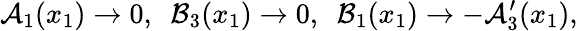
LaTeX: \mathcal{A}_{1}(x_{1})\rightarrow 0,\ \ \mathcal{B}_{3}(x_{1})\rightarrow 0,\ \ \mathcal{B}_{1}(x_{1})\rightarrow-\mathcal{A}_{3}^{\prime}(x_{1}),